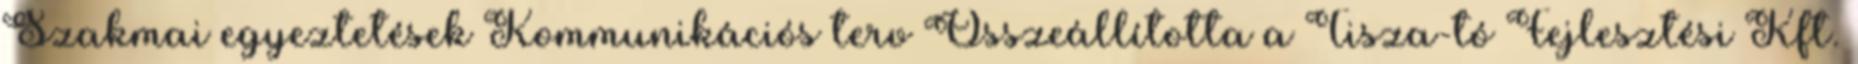
Szakmai egyeztetések Kommunikációs terv Összeállította a Tisza-tó Fejlesztési Kft.